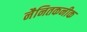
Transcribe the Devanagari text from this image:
नैनितकनीक